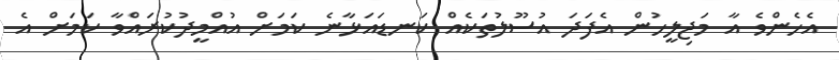
އެހެންވެ އާ މަޖިލީހުން އެފަދަ އުސޫލުތަކެއް ކަނޑައަޅާނެ ކަމަށް އުއްމީދުކުރައްވާ ކަމަށް އެ